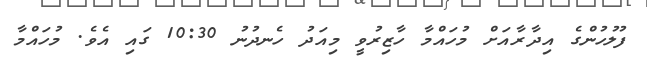
ފުލުހުންގެ އިދާރާއަށް މުހައްމާ ހާޒިރުވީ މިއަދު ހެނދުނު 10:30 ގައި އެވެ. މުހައްމާ